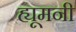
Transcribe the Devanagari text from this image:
ह्यूमनी